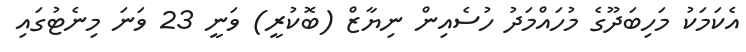
އެކަމަކު މަހިބަދޫގެ މުހައްމަދު ހުސެއިން ނިޔާޒް (ބޮކުރީ) ވަނީ 23 ވަނަ މިނެޓުގައި